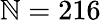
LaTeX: \mathbb{N}=216